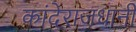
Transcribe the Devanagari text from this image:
कांदेराजधानी